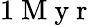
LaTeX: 1\mathrm{~M~y~r~}